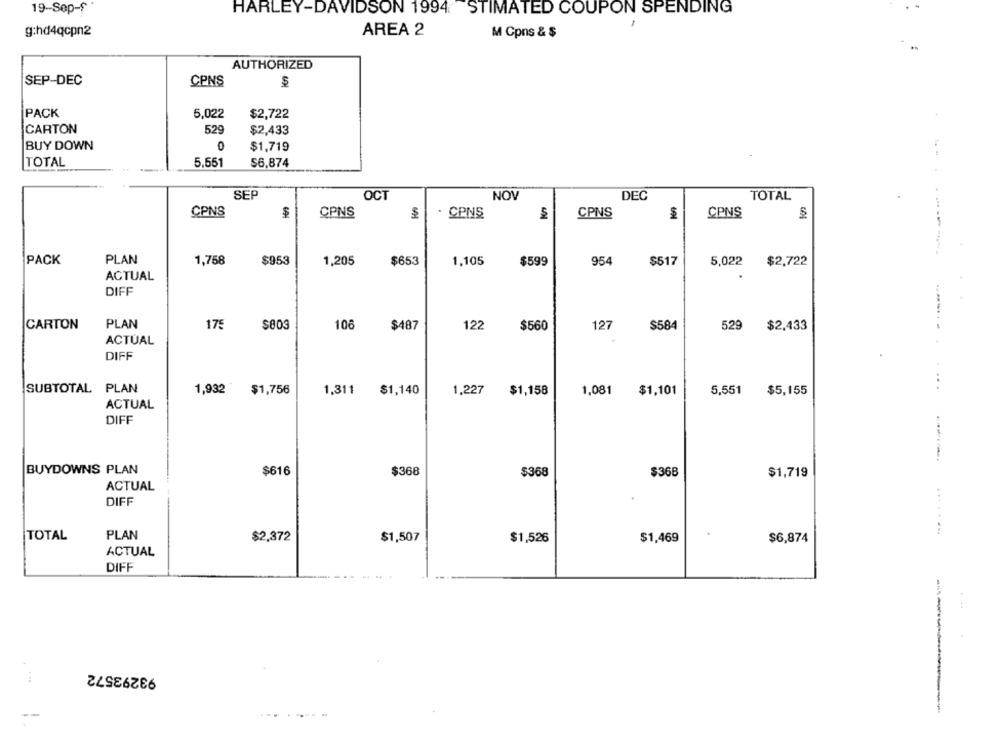
19-Sep-s
HARLEY-DAVIDSON 1994 STIMATED COUPON SPENDING
g:hd4qcpn2
AREA 2
M Cpns & $
AUTHORIZED
SEP-DEC
CPNS
PACK
5,022
$2,722
CARTON
529
$2,433
BUY DOWN
0
$1,719
TOTAL
5,551
$6,874
SEP
OCT
NOV
DEC
TOTAL
CPNS
$
CPNS
. CPNS
CPNS
$
CPNS
S
PACK
PLAN
1,758
$953
1,205
$653
1,105
$599
954
$517
5,022
$2,722
ACTUAL
DIFF
CARTON
PLAN
175
$803
106
$487
122
$560
127
$584
529
$2,433
ACTUAL
DIFF
SUBTOTAL PLAN
1,932
$1,756
1,311
$1,140
1,227
$1,158
1,081
$1,101
5,551
$5,155
ACTUAL
DIFF
BUYDOWNS PLAN
$616
$368
$368
$36B
$1,719
ACTUAL
DIFF
........
TOTAL
PLAN
$2,372
$1,507
$1,526
$1,469
$6,874
ACTUAL
DIFF
93293572
--
-